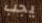
يجب